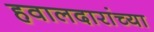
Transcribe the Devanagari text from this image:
हवालदारांच्या